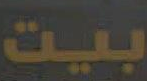
بيت